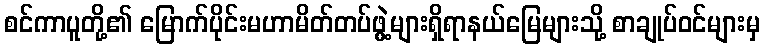
စင်ကာပူတို့၏ မြောက်ပိုင်းမဟာမိတ်တပ်ဖွဲ့များရှိရာနယ်မြေများသို့ စာချုပ်ဝင်များမှ